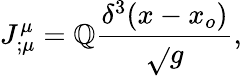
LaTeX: J_{;\mu}^{\mu}=\mathbb{Q}{\frac{{\delta^{3}(x-x_{o})}}{{\sqrt{}{g}}}},